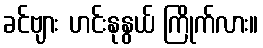
ခင်ဗျား ဟင်းနုနွယ် ကြိုက်လား။